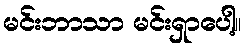
မင်းဘာသာ မင်းရှာပေါ့။